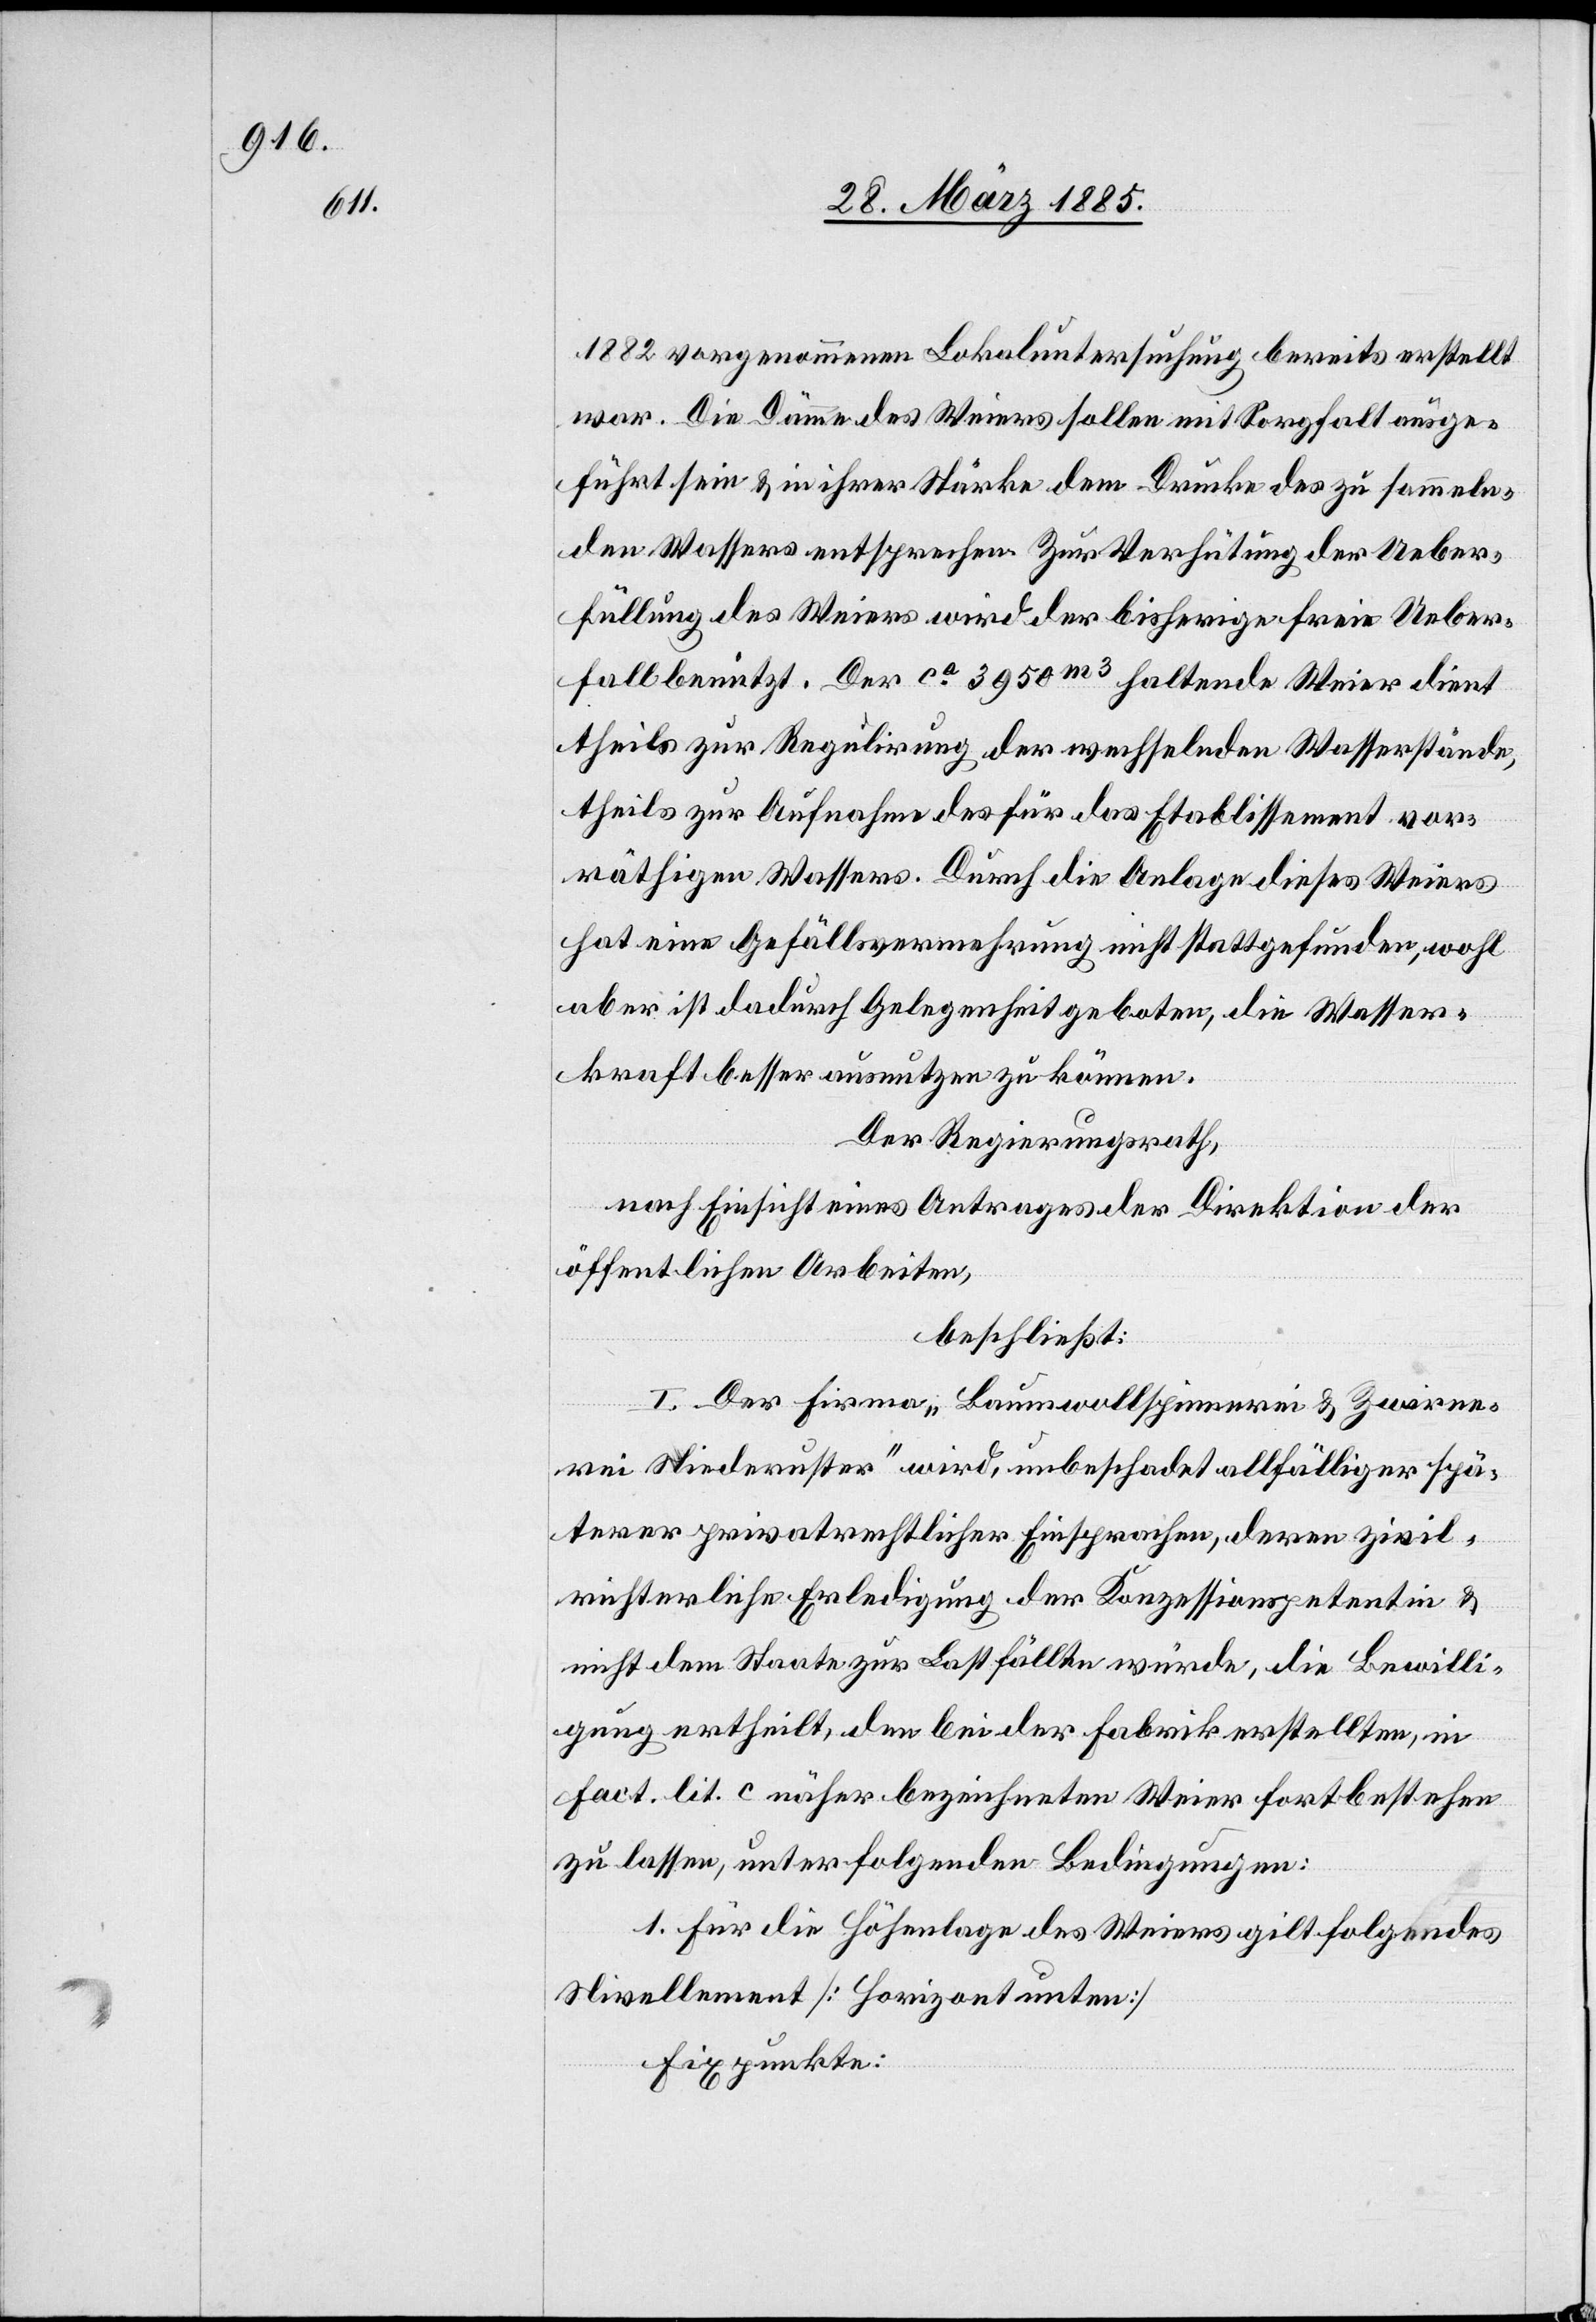
1882 vorgenommenen Lokaluntersuchung bereits erstellt
war. Die Dämme des Weiers sollen mit Sorgfalt ausge¬
führt sein & in ihrer Stärke dem Drucke des zu sammeln¬
den Wassers entsprechen. Zur Verhütung der Ueber¬
füllung des Weiers wird der bisherige freie Ueber¬
fall benützt. Der ca 3950 m3 haltende Weier dient
theils zur Regulirung der wechselnden Wasserstände,
theils zur Aufnahme des für das Etablissement vor¬
räthigen Wassers. Durch die Anlage dieses Weiers
hat eine Gefällsvermehrung nicht stattgefunden, wohl
aber ist dadurch Gelegenheit geboten, die Wasser¬
kraft besser ausnutzen zu können.
Der Regierungsrath,
nach Einsicht eines Antrages der Direktion der
öffentlichen Arbeiten,
beschließt:
I. Der Firma „Baumwollspinnerei & Zwirne¬
rei Niederuster“ wird, unbeschadet allfälliger spä¬
terer privatrechtlicher Einsprachen, deren zivil¬
richterliche Erledigung der Konzessionspetentin &
nicht dem Staate zur Last fallen würde, die Bewilli¬
gung ertheilt, den bei der Fabrik erstellten, in
Fact. lit c näher bezeichneten Weier fortbestehen
zu lassen, unter folgenden Bedingungen:
1. Für die Höhenlage des Weiers gilt folgendes
Nivellement [Horizont unten]
Fixpunkte: